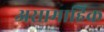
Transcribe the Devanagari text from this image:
असामाहिक